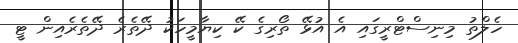
ހެލްތު މިނިސްޓްރީގައި އެ އުޅޭ ތޯރިގެ ކޭ ކިޔާމީހަކު ދޭތެރެ ދޭތެރެއިން ޓީ